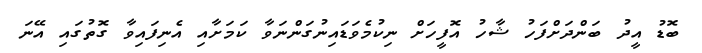
ބޮޑު އީދު ބަންދަށްފަހު ޝާހު އޮފީހަށް ނިކުމެވަޑައިނުގަންނަވާ ކަމަށާއި އެނިފައިވާ ގޮތުގައި އޭނަ